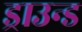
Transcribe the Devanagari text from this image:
ड्राउन्ड